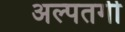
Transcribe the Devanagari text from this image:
अल्पतगी